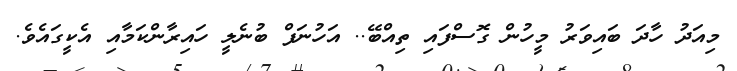
މިއަދު ހާދަ ބައިވަރު މީހުން ގޮސްފައި ތިއްބޭ.. އަހުނަފް ބުނެލީ ހައިރާންކަމާއި އެކީގައެވެ.